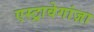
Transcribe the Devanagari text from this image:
एस्ट्रावेगांज़ा